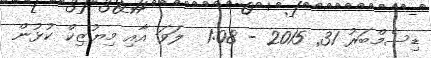
ޑިސެމްބަރު 31